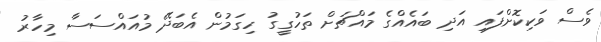
ވެސް ވަކިކޮށްފައި އަދި ބައެއްގެ މައްޗަށް ތަހުގީގު ހިގަމުން އެބަދޭ މުއައްސަސާ މިހާރު